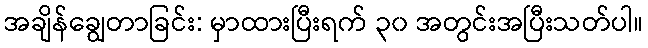
အချိန်ချွေတာခြင်း: မှာထားပြီးရက် ၃၀ အတွင်းအပြီးသတ်ပါ။